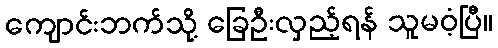
ကျောင်းဘက်သို့ ခြေဦးလှည့်ရန် သူမဝံ့ပြီ။